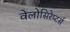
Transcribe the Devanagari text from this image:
वेलोसिरेप्‍टर्स